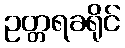
ဥတ္တရခရိုင်